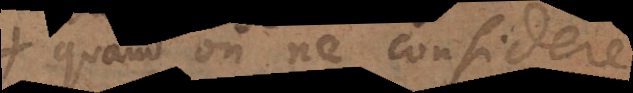
quand on ne considere